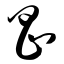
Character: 昌